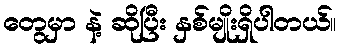
တွေမှာ နဲ့ ဆိုပြီး နှစ်မျိုးရှိပါတယ်။